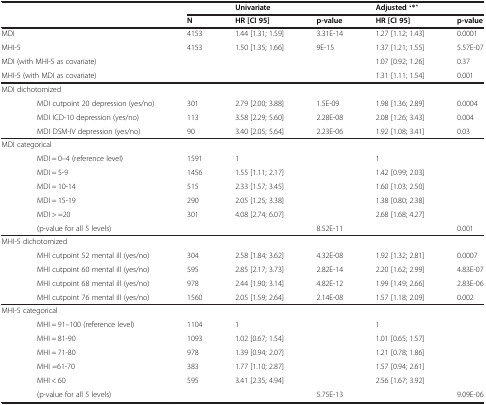
<table><thead><tr><td colspan="2"><b> </b></td><td><b> </b></td><td><b>Univariate</b></td><td><b> </b></td><td><b>Adjusted ‘*’</b></td><td><b> </b></td></tr><tr><td colspan="2"><b> </b></td><td><b>N</b></td><td><b>HR [CI 95]</b></td><td><b>p-value</b></td><td><b>HR [CI 95]</b></td><td><b>p-value</b></td></tr></thead><tbody><tr><td colspan="2">MDI</td><td>4153</td><td>1.44 [1.31; 1.59]</td><td>3.31E-14</td><td>1.27 [1.12; 1.43]</td><td>0.0001</td></tr><tr><td colspan="2">MHI-5</td><td>4153</td><td>1.50 [1.35; 1.66]</td><td>9E-15</td><td>1.37 [1.21; 1.55]</td><td>5.57E-07</td></tr><tr><td colspan="2">MDI (with MHI-5 as covariate)</td><td> </td><td> </td><td> </td><td>1.07 [0.92; 1.26]</td><td>0.37</td></tr><tr><td colspan="2">MHI-5 (with MDI as covariate)</td><td> </td><td> </td><td> </td><td>1.31 [1.11; 1.54]</td><td>0.001</td></tr><tr><td colspan="2">MDI dichotomized</td><td> </td><td> </td><td> </td><td> </td><td> </td></tr><tr><td> </td><td>MDI cutpoint 20 depression (yes/no)</td><td>301</td><td>2.79 [2.00; 3.88]</td><td>1.5E-09</td><td>1.98 [1.36; 2.89]</td><td>0.0004</td></tr><tr><td> </td><td>MDI ICD-10 depression (yes/no)</td><td>113</td><td>3.58 [2.29; 5.60]</td><td>2.28E-08</td><td>2.08 [1.26; 3.43]</td><td>0.004</td></tr><tr><td> </td><td>MDI DSM-IV depression (yes/no)</td><td>90</td><td>3.40 [2.05; 5.64]</td><td>2.23E-06</td><td>1.92 [1.08; 3.41]</td><td>0.03</td></tr><tr><td colspan="2">MDI categorical</td><td> </td><td> </td><td> </td><td> </td><td> </td></tr><tr><td> </td><td>MDI = 0–4 (reference level)</td><td>1591</td><td>1</td><td> </td><td>1</td><td> </td></tr><tr><td> </td><td>MDI = 5-9</td><td>1456</td><td>1.55 [1.11; 2.17]</td><td> </td><td>1.42 [0.99; 2.03]</td><td> </td></tr><tr><td> </td><td>MDI = 10-14</td><td>515</td><td>2.33 [1.57; 3.45]</td><td> </td><td>1.60 [1.03; 2.50]</td><td> </td></tr><tr><td> </td><td>MDI = 15-19</td><td>290</td><td>2.05 [1.25; 3.38]</td><td> </td><td>1.38 [0.80; 2.38]</td><td> </td></tr><tr><td> </td><td>MDI &gt; =20</td><td>301</td><td>4.08 [2.74; 6.07]</td><td> </td><td>2.68 [1.68; 4.27]</td><td> </td></tr><tr><td> </td><td>(p-value for all 5 levels)</td><td> </td><td> </td><td>8.52E-11</td><td> </td><td>0.001</td></tr><tr><td colspan="2">MHI-5 dichotomized</td><td> </td><td> </td><td> </td><td> </td><td> </td></tr><tr><td> </td><td>MHI cutpoint 52 mental ill (yes/no)</td><td>304</td><td>2.58 [1.84; 3.62]</td><td>4.32E-08</td><td>1.92 [1.32; 2.81]</td><td>0.0007</td></tr><tr><td> </td><td>MHI cutpoint 60 mental ill (yes/no)</td><td>595</td><td>2.85 [2.17; 3.73]</td><td>2.82E-14</td><td>2.20 [1.62; 2.99]</td><td>4.83E-07</td></tr><tr><td> </td><td>MHI cutpoint 68 mental ill (yes/no)</td><td>978</td><td>2.44 [1.90; 3.14]</td><td>4.82E-12</td><td>1.99 [1.49; 2.66]</td><td>2.83E-06</td></tr><tr><td> </td><td>MHI cutpoint 76 mental ill (yes/no)</td><td>1560</td><td>2.05 [1.59; 2.64]</td><td>2.14E-08</td><td>1.57 [1.18; 2.09]</td><td>0.002</td></tr><tr><td colspan="2">MHI-5 categorical</td><td> </td><td> </td><td> </td><td> </td><td> </td></tr><tr><td> </td><td>MHI = 91–100 (reference level)</td><td>1104</td><td>1</td><td> </td><td>1</td><td> </td></tr><tr><td> </td><td>MHI = 81-90</td><td>1093</td><td>1.02 [0.67; 1.54]</td><td> </td><td>1.01 [0.65; 1.57]</td><td> </td></tr><tr><td> </td><td>MHI = 71-80</td><td>978</td><td>1.39 [0.94; 2.07]</td><td> </td><td>1.21 [0.78; 1.86]</td><td> </td></tr><tr><td> </td><td>MHI =61-70</td><td>383</td><td>1.77 [1.10; 2.87]</td><td> </td><td>1.57 [0.94; 2.61]</td><td> </td></tr><tr><td> </td><td>MHI &lt; 60</td><td>595</td><td>3.41 [2.35; 4.94]</td><td> </td><td>2.56 [1.67; 3.92]</td><td> </td></tr><tr><td> </td><td>(p-value for all 5 levels)</td><td> </td><td> </td><td>5.75E-13</td><td> </td><td>9.09E-06</td></tr></tbody></table>